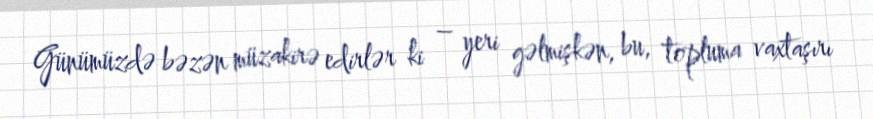
Günümüzdə bəzən müzakirə edirlər ki – yeri gəlmişkən, bu, topluma vaxtaşırı